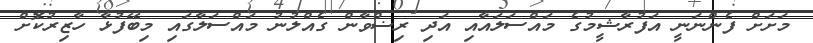
މަށަށް ފެންނަނީ އަފުރާޝީމުގެ މައްސަލައާއި އަދި ރިޟްވާން ގެއްލުނު މައްސަލާގައި މިބޭފުޅާ ހާޒިރުކޮށް